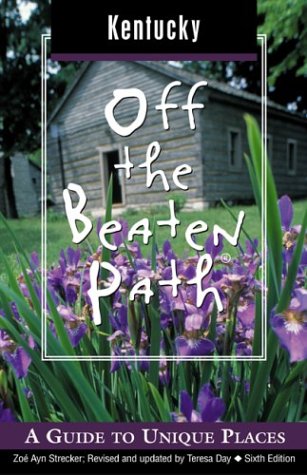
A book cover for Kentucky Off the Beaten Path, 6th: A Guide to Unique Places (Off the Beaten Path Series); Zoe Ayn Strecker; Travel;